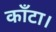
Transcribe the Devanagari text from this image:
काँटा।